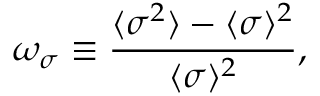
\omega _ { \sigma } \equiv \frac { \langle \sigma ^ { 2 } \rangle - \langle \sigma \rangle ^ { 2 } } { \langle \sigma \rangle ^ { 2 } } ,